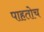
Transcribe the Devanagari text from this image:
पाहतोच